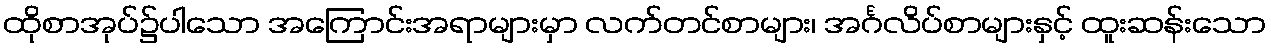
ထိုစာအုပ်၌ပါသော အကြောင်းအရာများမှာ လက်တင်စာများ၊ အင်္ဂလိပ်စာများနှင့် ထူးဆန်းသော